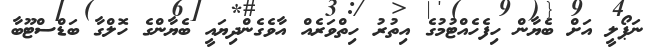
ނަޕޯލީ އަށް ބެޔާން ހިފެހެއްޓުމުގެ އިތުރު ހިތްވަރެއް އާވެގެންދިޔައީ ބެޔާންގެ ހޮލްގާ ބަޑްސްޓޫބާ